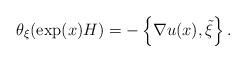
LaTeX: \begin{align*}\theta_{\xi}(\exp(x)H) = - \left\{ \nabla u(x), \tilde{\xi} \right\}.\end{align*}